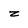
Character: z